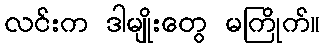
လင်းက ဒါမျိုးတွေ မကြိုက်။